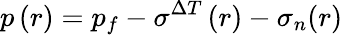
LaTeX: p\left(r\right)=p_{f}-\sigma^{\Delta T}\left(r\right)-\sigma_{n}(r)